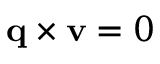
\mathbf { q } \times \mathbf { v } = 0